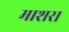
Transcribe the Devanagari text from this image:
माशरा